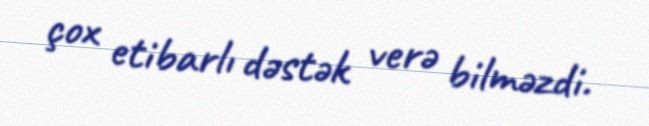
çox etibarlı dəstək verə bilməzdi.